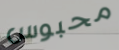
محبوس